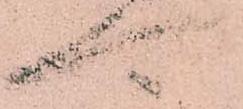
可